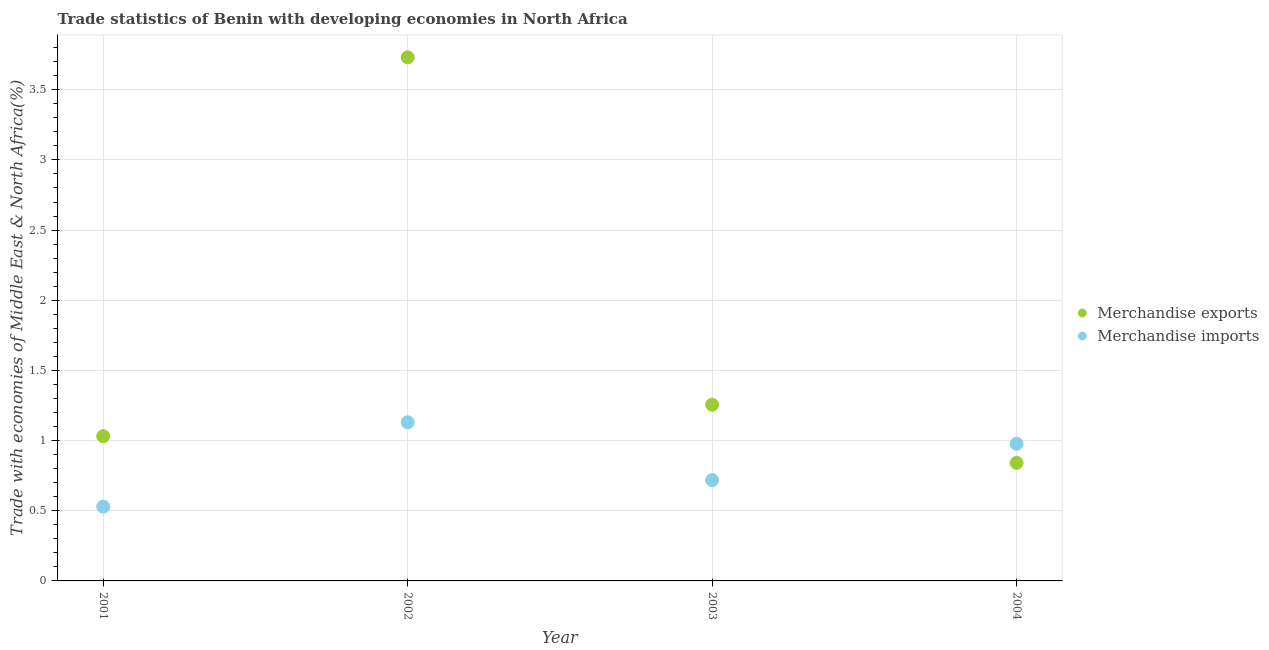
| Year | Merchandise exports | Merchandise imports |
 | --- | --- | --- |
 | 2001 | 1.03 | 0.529 |
 | 2002 | 3.73 | 1.13 |
 | 2003 | 1.26 | 0.718 |
 | 2004 | 0.841 | 0.977 |